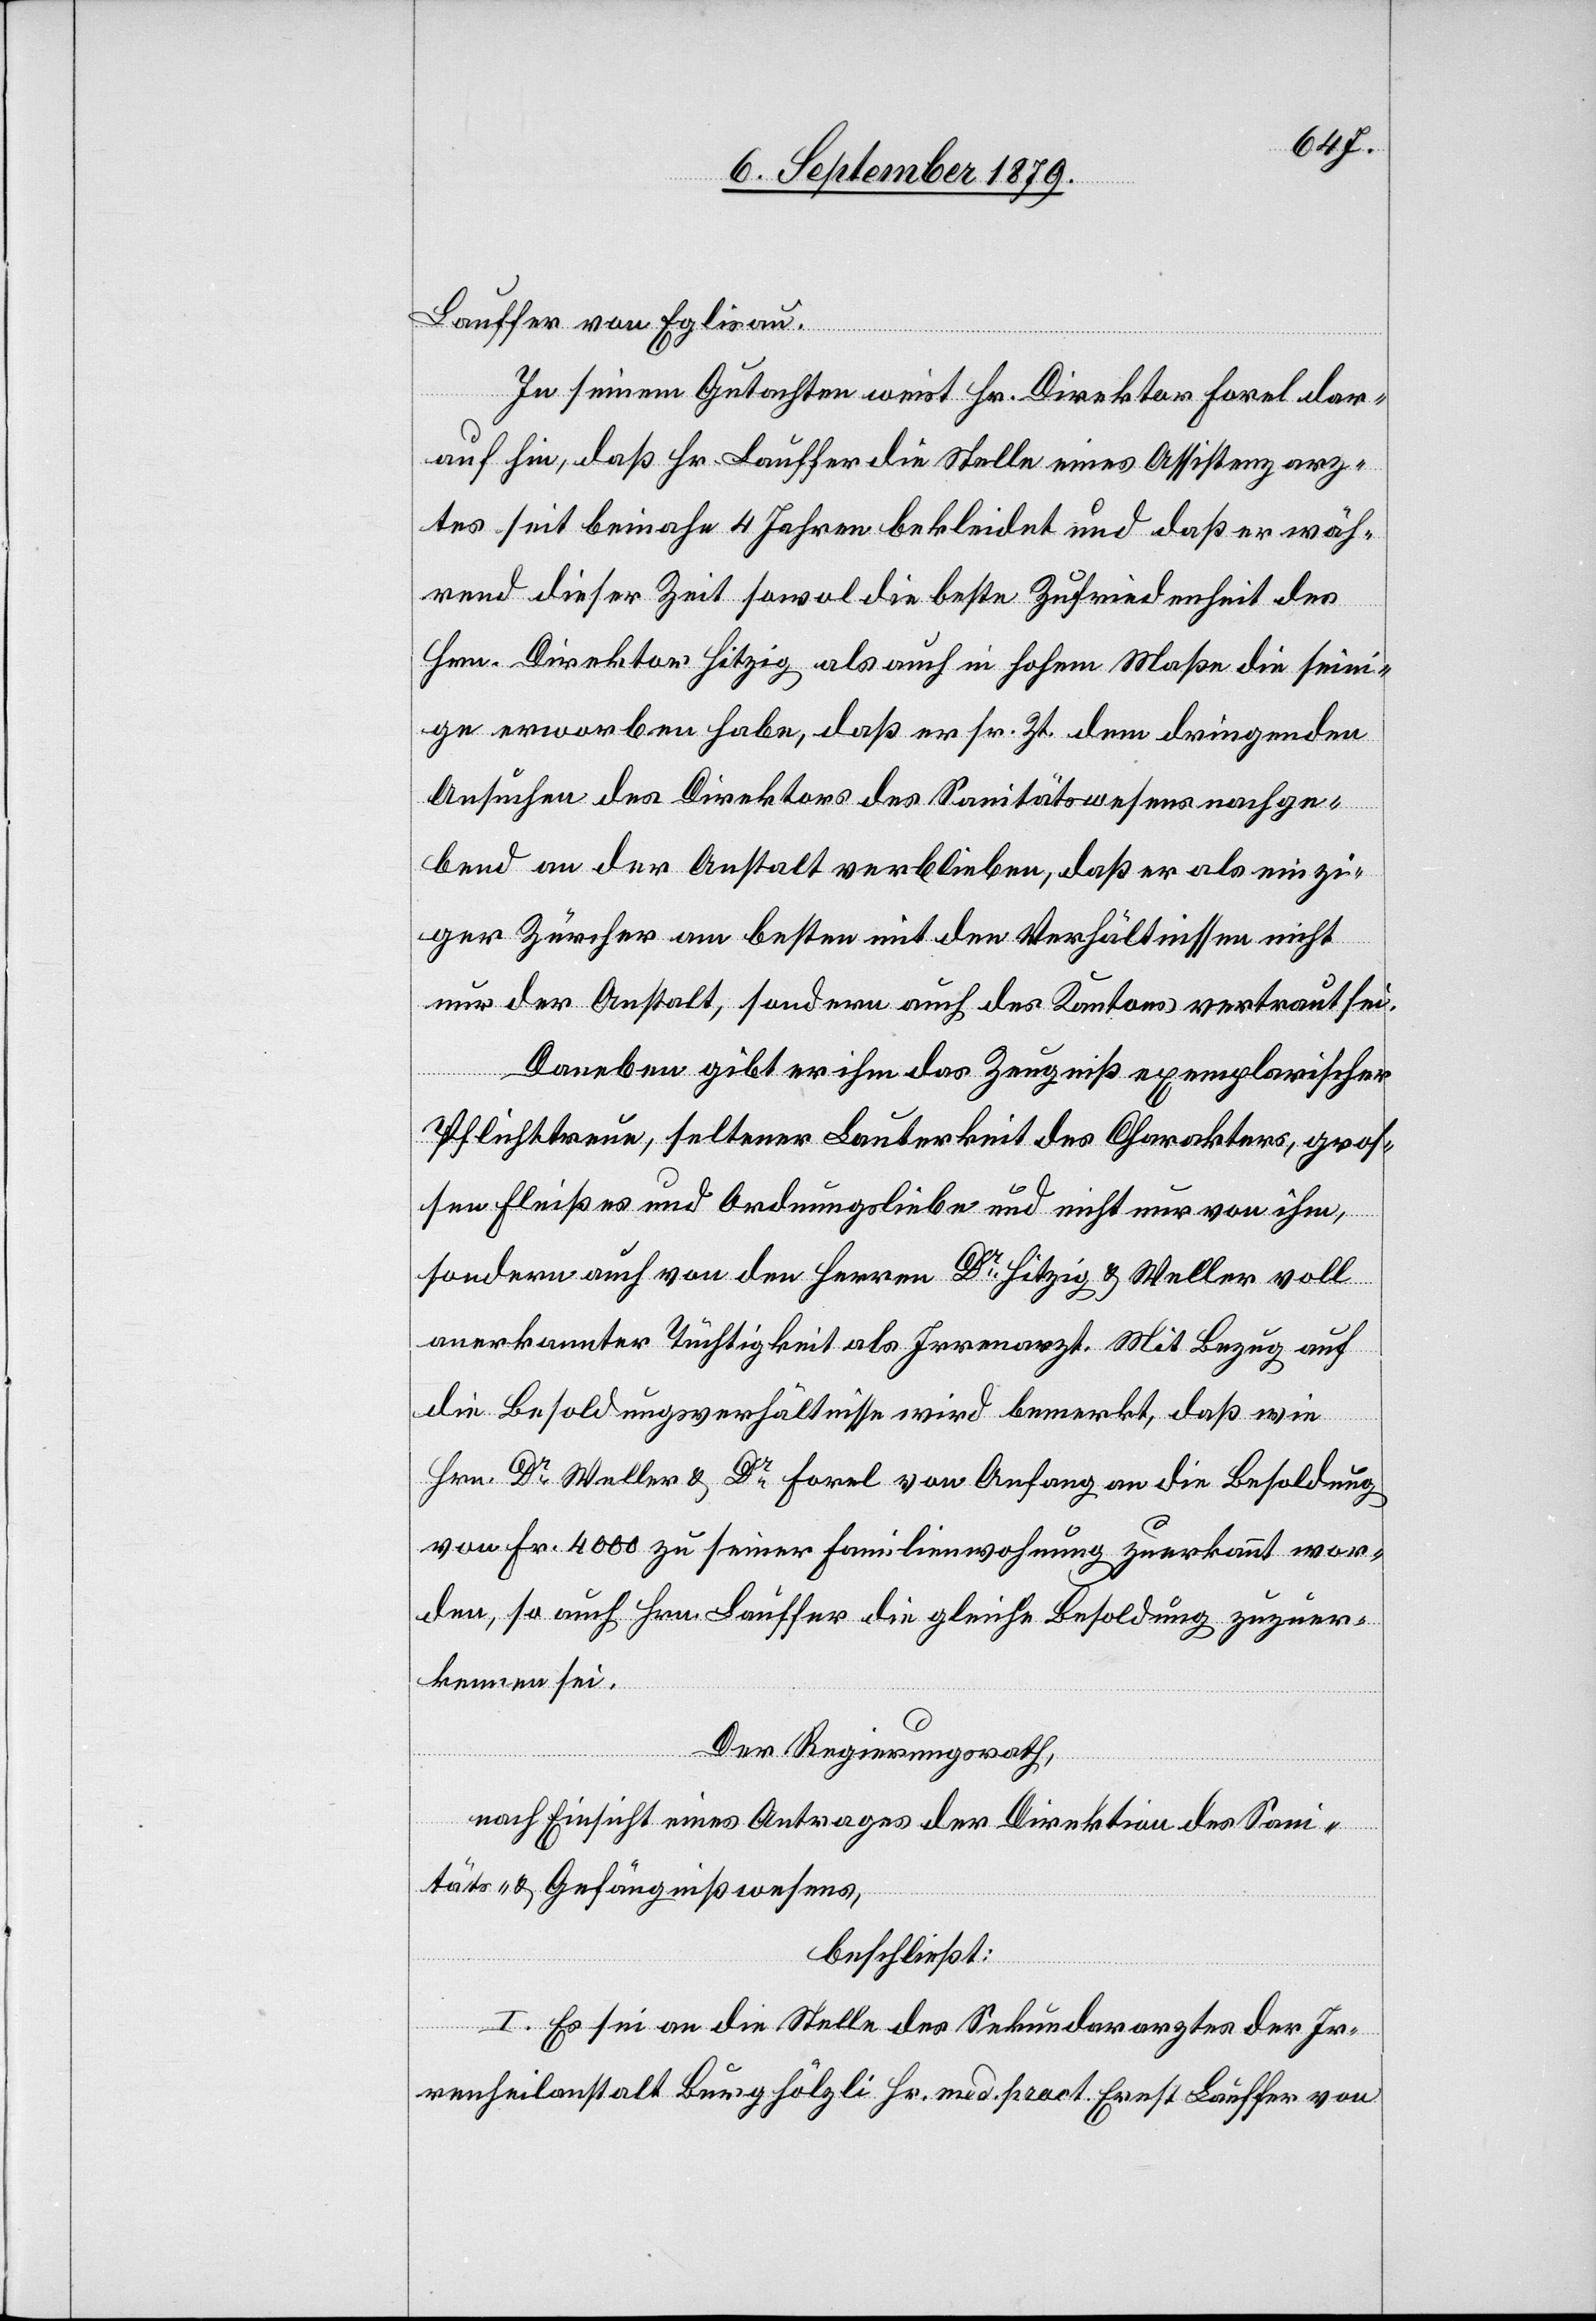
Lauffer von Eglisau.
In seinem Gutachten weist Hr. Direktor Forel dar¬
auf hin, daß Hr. Lauffer die Stelle eines Assistenzarz¬
tes seit beinahe 4 Jahren bekleidet und daß er wäh¬
rend dieser Zeit sowol die beste Zufriedenheit des
Hrn. Direktor Hitzig als auch in hohem Maße die sein¬
ige erworben habe, daß er sr. Zt. dem dringenden
Ansuchen des Direktors des Sanitätswesens nachge¬
bend an der Anstalt verblieben, daß er als einzi¬
ger Zürcher am besten mit den Verhältnissen nicht
nur der Anstalt, sondern auch des Kantons vertraut sei.
Daneben gibt er ihm das Zeugniß exemplarischer
Pflichttreue, seltener Lauterkeit des Charakters, gros¬
sen Fleißes und Ordnungsliebe und nicht nur von ihm,
sondern auch von den Herren Dr Hitzig & Weller voll
anerkannter Tüchtigkeit als Irrenarzt. Mit Bezug auf
die Besoldungsverhältnisse wird bemerkt, daß wie
Hrn. Dr Weller & Dr Forel von Anfang an die Besoldung
von Fr. 4000 zu seiner Familienwohnung zuerkannt wor¬
den, so auch Hrn. Lauffer die gleiche Besoldung zuzuer¬
kennen sei.
Der Regierungsrath,
nach Einsicht eines Antrages der Direktion des Sani¬
täts- & Gefängnißwesens,
beschließt:
I. Es sei an die Stelle des Sekundararztes der Ir¬
renheilanstalt Burghölzli Hr. med. pract. Ernst Lauffer von